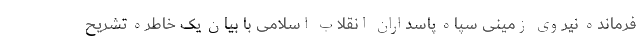
فرمانده نیروی زمینی سپاه پاسداران انقلاب اسلامی با بیان یک خاطره تشریح